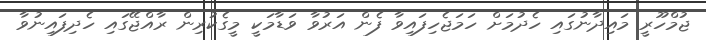
ޖުމްހޫރީ މައިދާނުގައި ހެދުމަށް ހަމަޖެހިފައިވާ ފެން އަރުވާ ވަޑާމަކީ މީގެކުރިން ރާއްޖޭގައި ހެދިފައިނުވާ